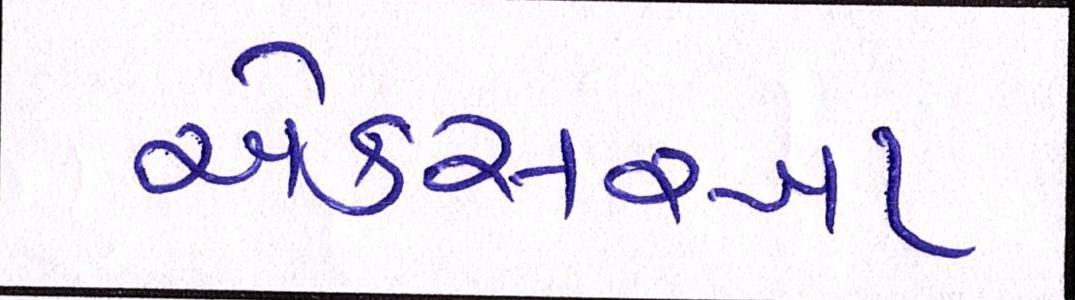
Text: એકસરખા